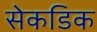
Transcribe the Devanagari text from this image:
सेकडिक